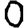
Digit: 0